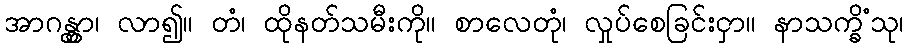
အာဂန္တွာ၊ လာ၍။ တံ၊ ထိုနတ်သမီးကို။ စာလေတုံ၊ လှုပ်စေခြင်းငှာ။ နာသက္ခိံသု၊